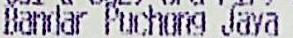
BAMDAR PUCHONG JAYA